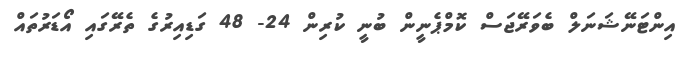
އިންޓަނޭޝަނަލް ބެވަރޭޖަސް ކޮމްޕެނީން ބުނީ ކުރިން 24- 48 ގަޑިއިރުގެ ތެރޭގައި އޯޑަރުތައް